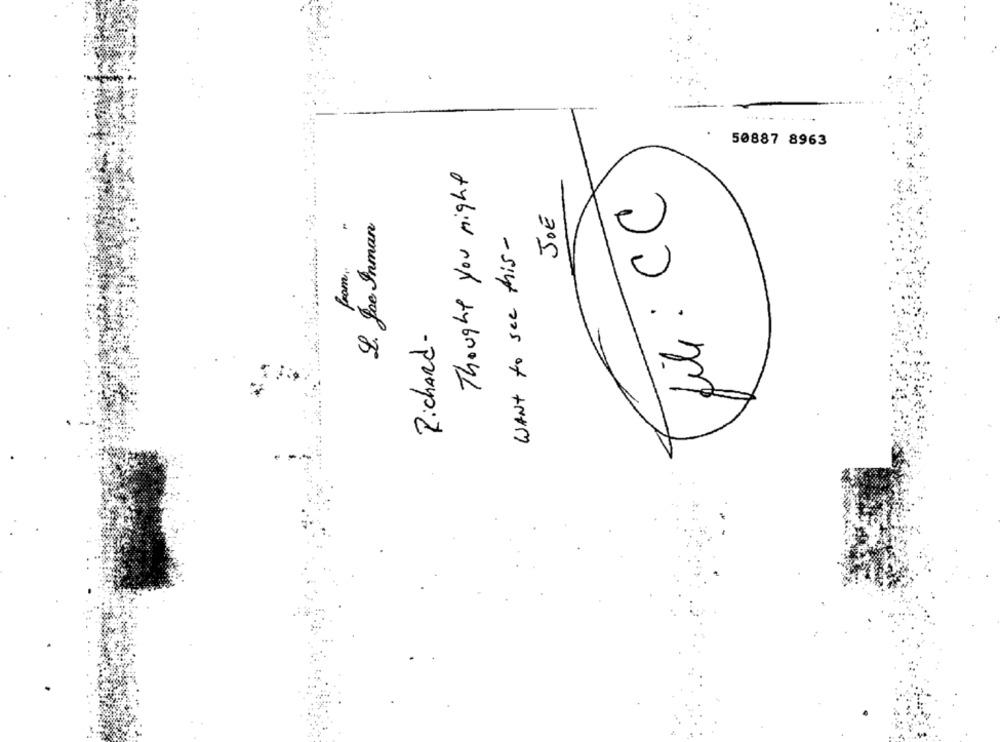
50887 8963
Thought you might
fili : CC
JOE
I. Joe Inman
WANT to see this-
from ..
Richard-